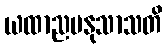
ယထာညမနုသာသတိ